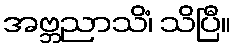
အဗ္ဘညာသိံ၊ သိပြီ။